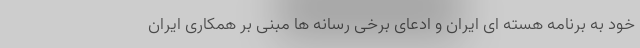
خود به برنامه هسته ای ایران و ادعای برخی رسانه ها مبنی بر همکاری ایران